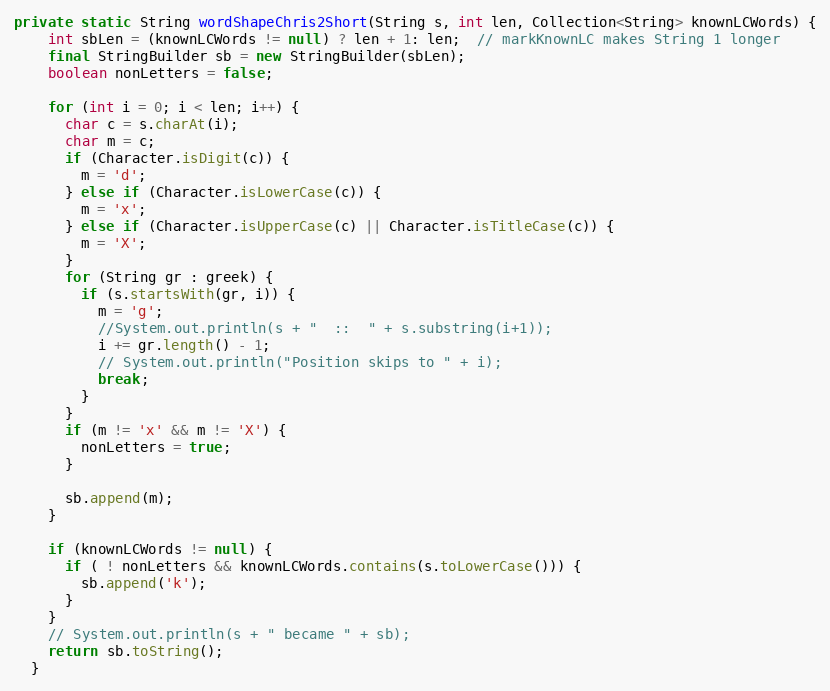
Language: Java
private static String wordShapeChris2Short(String s, int len, Collection<String> knownLCWords) {
    int sbLen = (knownLCWords != null) ? len + 1: len;  // markKnownLC makes String 1 longer
    final StringBuilder sb = new StringBuilder(sbLen);
    boolean nonLetters = false;

    for (int i = 0; i < len; i++) {
      char c = s.charAt(i);
      char m = c;
      if (Character.isDigit(c)) {
        m = 'd';
      } else if (Character.isLowerCase(c)) {
        m = 'x';
      } else if (Character.isUpperCase(c) || Character.isTitleCase(c)) {
        m = 'X';
      }
      for (String gr : greek) {
        if (s.startsWith(gr, i)) {
          m = 'g';
          //System.out.println(s + "  ::  " + s.substring(i+1));
          i += gr.length() - 1;
          // System.out.println("Position skips to " + i);
          break;
        }
      }
      if (m != 'x' && m != 'X') {
        nonLetters = true;
      }

      sb.append(m);
    }

    if (knownLCWords != null) {
      if ( ! nonLetters && knownLCWords.contains(s.toLowerCase())) {
        sb.append('k');
      }
    }
    // System.out.println(s + " became " + sb);
    return sb.toString();
  }